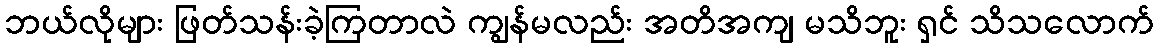
ဘယ်လိုများ ဖြတ်သန်းခဲ့ကြတာလဲ ကျွန်မလည်း အတိအကျ မသိဘူး ရှင် သိသလောက်